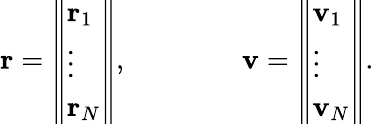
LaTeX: \mathbf{r}={\left\Vert\begin{array}{l}{\mathbf{r}_{1}}\\ {\vdots}\\ {\mathbf{r}_{N}}\end{array}\right\Vert},\qquad\qquad\mathbf{v}={\left\Vert\begin{array}{l}{\mathbf{v}_{1}}\\ {\vdots}\\ {\mathbf{v}_{N}}\end{array}\right\Vert}.